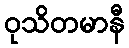
ဝုသိတမာနီ